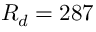
R _ { d } = 2 8 7